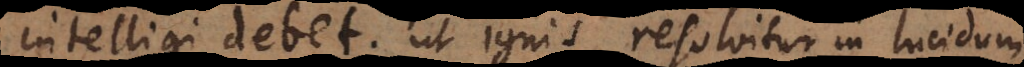
intelligi debet; ut ignis resolvitur in lucidum